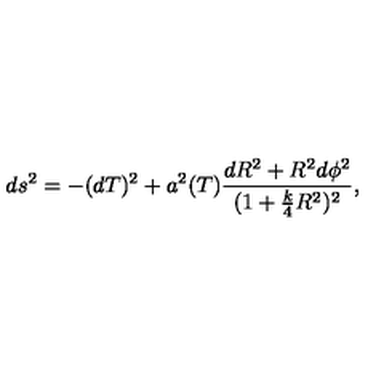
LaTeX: d s ^ { 2 } = - ( d T ) ^ { 2 } + a ^ { 2 } ( T ) \frac { d R ^ { 2 } + R ^ { 2 } d \phi ^ { 2 } } { ( 1 + \frac { k } { 4 } R ^ { 2 } ) ^ { 2 } } ,